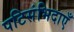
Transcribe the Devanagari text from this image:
पटिसंभिदाएँ